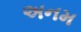
અનમ